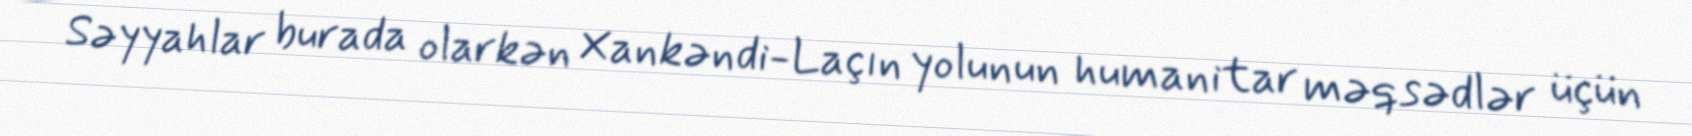
Səyyahlar burada olarkən Xankəndi-Laçın yolunun humanitar məqsədlər üçün